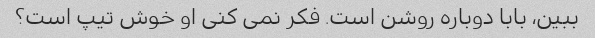
ببین، بابا دوباره روشن است. فکر نمی کنی او خوش تیپ است؟